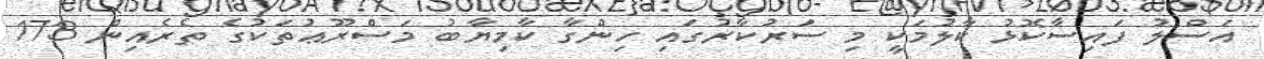
އަސްލު ފައިސާކޮޅު ކާލުމަކީ މި ސަރުކާރުގައި ހިންގާ ކާމިޔާބު މަސްރޫޢުތަކުގެ ތެރެއިން 173